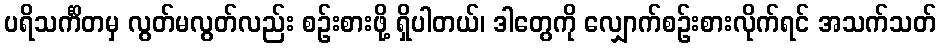
ပရိသင်္ကိတမှ လွတ်မလွတ်လည်း စဉ်းစားဖို့ ရှိပါတယ်၊ ဒါတွေကို လျှောက်စဉ်းစားလိုက်ရင် အသက်သတ်